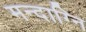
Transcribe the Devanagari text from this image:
मन्‍दाग्नि